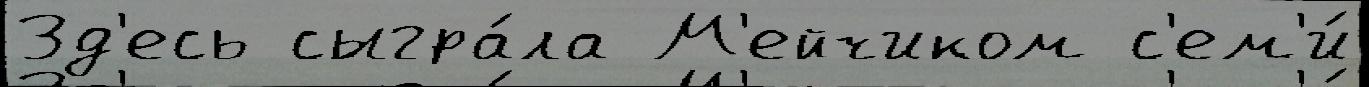
Зд'есь сыгра́ла М'ейчиком с'ем'и́